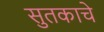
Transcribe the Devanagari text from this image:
सुतकाचे